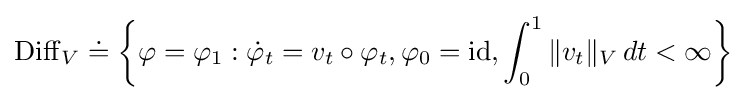
\operatorname {Diff} _{V}\doteq \left\{\varphi =\varphi _{1}:{\dot {\varphi }}_{t}=v_{t}\circ \varphi _{t},\varphi _{0}={\rm {id}},\int _{0}^{1}\|v_{t}\|_{V}\,dt<\infty \right\}\